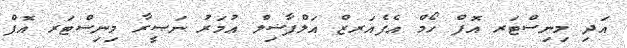
އަދި މިނިސްޓަރ އޮފް ހޯމް އެފެއަރޒް އަލްފާޟިލް ޢުމަރު ނަޞީރާ މިނިސްޓަރ އޮފް